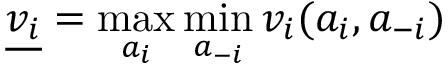
{ \underline { { v _ { i } } } } = \operatorname* { m a x } _ { a _ { i } } \operatorname* { m i n } _ { a _ { - i } } { v _ { i } ( a _ { i } , a _ { - i } ) }